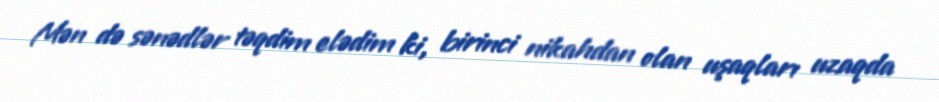
Mən də sənədlər təqdim elədim ki, birinci nikahdan olan uşaqları uzaqda